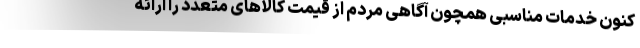
کنون خدمات مناسبی همچون آگاهی مردم از قیمت‌ کالاهای متعدد را ارائه